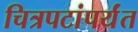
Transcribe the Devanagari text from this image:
चित्रपटांपर्यंत